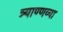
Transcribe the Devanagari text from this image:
त्र्याण्णव्या